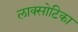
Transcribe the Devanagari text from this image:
लाक्सोटिका